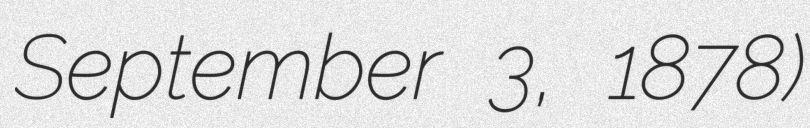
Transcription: September 3, 1878)